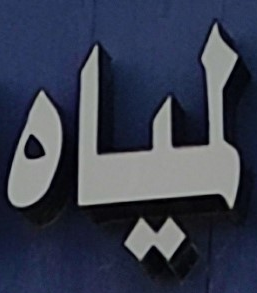
لمياه